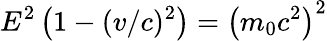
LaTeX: E^{2}\left(1-(v/c)^{2}\right)=\left(m_{0}c^{2}\right)^{2}